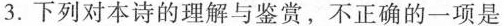
3.下列对本诗的理解与鉴赏，不正确的一项是